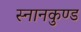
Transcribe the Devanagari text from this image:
स्‍नानकुण्‍ड